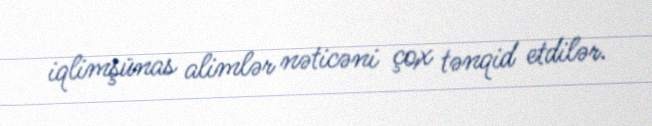
iqlimşünas alimlər nəticəni çox tənqid etdilər.